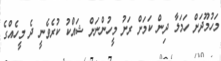
މަހުމޫދަށް ހަމަލާ ދިން ކަމަށް ރަށު މީހުންނަށް ޝައްކު ކުރެވެނީ ދެ މީހެއްގެ